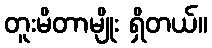
တူးမိတာမျိုး ရှိတယ်။